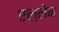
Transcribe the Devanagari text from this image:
एल्लेन